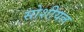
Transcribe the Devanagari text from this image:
सोशीयल